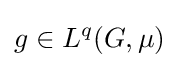
g\in L^{q}(G,\mu )